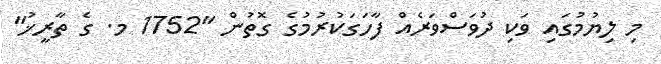
މި ލިޔުމުގައި ވަކި ދުވަސްވަރެއް ފާހަގަކުރުމުގެ ގޮތުން "1752 މ. ގެ ތާރީޚު"